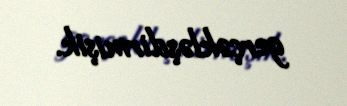
gerçəkləşdirmişik.